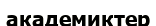
академиктер